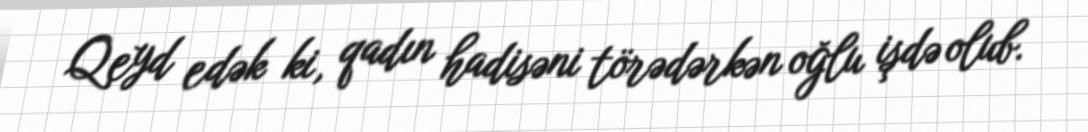
Qeyd edək ki, qadın hadisəni törədərkən oğlu işdə olub.